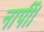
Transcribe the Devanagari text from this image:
नापीं।